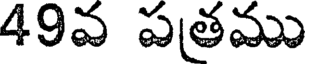
49వ పత్రము